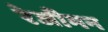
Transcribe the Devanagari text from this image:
रेजीमन